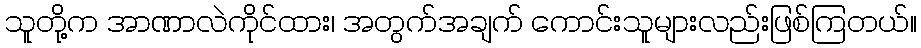
သူတို့က အာဏာလဲကိုင်ထား၊ အတွက်အချက် ကောင်းသူများလည်းဖြစ်ကြတယ်။